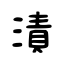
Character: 漬